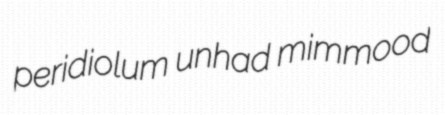
peridiolum unhad mimmood